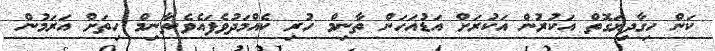
ކަން ހިގާދިޔަގޮތް އަކުރުން އަކުރަށް އަޑުއަހަން ތާނިމް ހުރި ކެއްމަދުވެފައެވެ.ތާނިމް ހިތަށް އަރަމުން